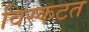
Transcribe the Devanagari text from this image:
विस्कटत